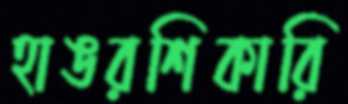
হাঙরশিকারি